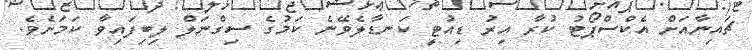
ޗައިނާއަށް އެކްސްޕޯޓު ކުރާ އިރު ޑިއުޓީ ކަނޑާލެވޭނެ ކަމުގެ ސިގްނަލް ލިބިފައިވާ ކަމަށެވެ.